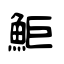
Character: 鮔